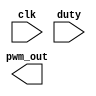
`timescale 1ns / 1ps
//////////////////////////////////////////////////////////////////////////////////
// Company: 
// Engineer: 
// 
// Design Name: 
// Module Name:    PWM8 
// Project Name: 
// Target Devices: 
// Tool versions: 
// Description: 
//
// Dependencies: 
//
// Revision: 
// Revision 0.01 - File Created
// Additional Comments: 
//
//////////////////////////////////////////////////////////////////////////////////
module PWM8(
    input clk,
    input [2:0] duty,
    output pwm_out
    );


endmodule